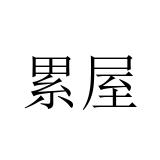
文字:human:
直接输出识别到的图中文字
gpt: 累屋